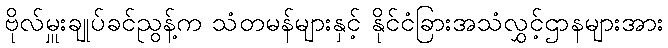
ဗိုလ်မှူးချုပ်ခင်ညွန့်က သံတမန်များနှင့် နိုင်ငံခြားအသံလွှင့်ဌာနများအား